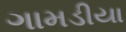
ગામડીયા